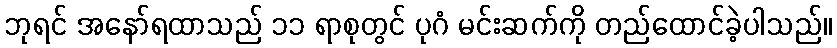
ဘုရင် အနော်ရထာသည် ၁၁ ရာစုတွင် ပုဂံ မင်းဆက်ကို တည်ထောင်ခဲ့ပါသည်။